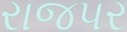
રાજપર